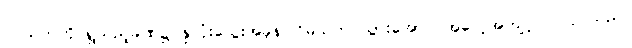
ဝင်သက်ကို ရှူသည့်ခဏ၌ နှလုံးသွေးအခုန် ငြိမ်သက် သွားအောင် အလေ့အကျင့် ပြုလုပ်သည်။